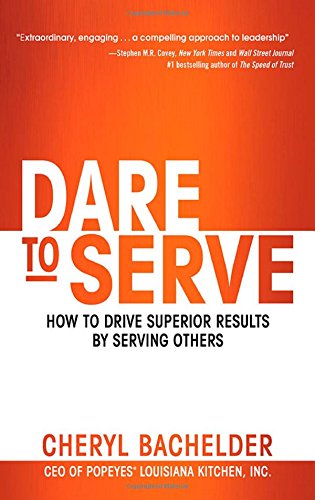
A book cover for Dare to Serve: How to Drive Superior Results by Serving Others; Cheryl Bachelder; Business & Money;